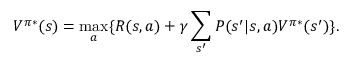
V ^ { \pi * } ( s ) = \operatorname* { m a x } _ { a } \{ { R ( s , a ) + \gamma \sum _ { s ^ { \prime } } P ( s ^ { \prime } | s , a ) V ^ { \pi * } ( s ^ { \prime } ) } \} .